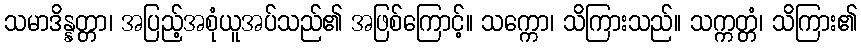
သမာဒိန္နတ္တာ၊ အပြည့်အစုံယူအပ်သည်၏ အဖြစ်ကြောင့်။ သက္ကော၊ သိကြားသည်။ သက္ကတ္တံ၊ သိကြား၏